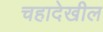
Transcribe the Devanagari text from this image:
चहादेखील